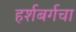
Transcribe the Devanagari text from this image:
हर्शबर्गचा